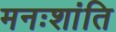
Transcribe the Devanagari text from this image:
मनःशांति